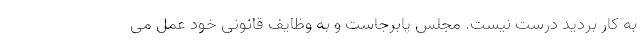
به کار بردید درست نیست. مجلس پابرجاست و به وظایف قانونی خود عمل می